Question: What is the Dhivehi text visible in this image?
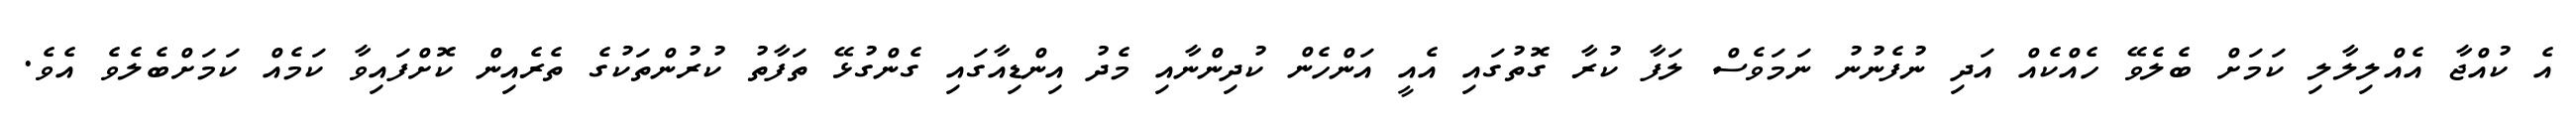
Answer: އެ ކުއްޖާ އެއްލިލާލި ކަމަށް ބެލެވޭ ހެއްކެއް އަދި ނުފެނުނު ނަމަވެސް ލަފާ ކުރާ ގޮތުގައި އެއީ އަންހެން ކުދިންނާއި މެދު އިންޑިއާގައި ގެންގުޅޭ ތަފާތު ކުރުންތަކުގެ ތެރެއިން ކޮށްފައިވާ ކަމެއް ކަމަށްބެލެވެ އެވެ.